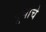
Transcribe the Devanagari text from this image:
गूणांचे